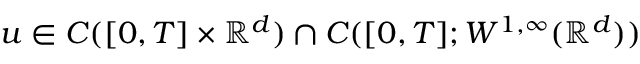
u \in C ( [ 0 , T ] \times \mathbb { R } ^ { d } ) \cap C ( [ 0 , T ] ; W ^ { 1 , \infty } ( \mathbb { R } ^ { d } ) )